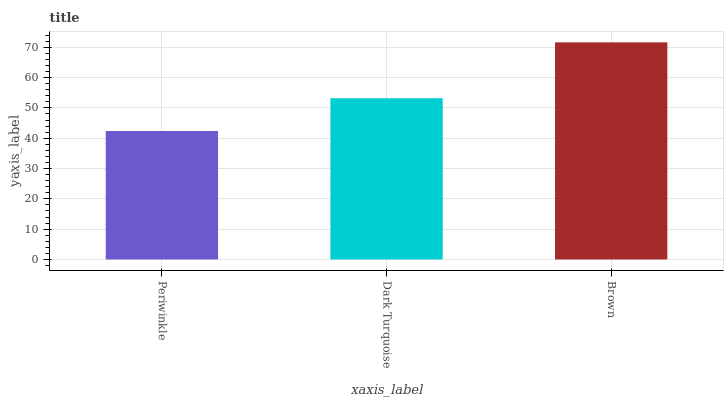
| xaxis_label | bars |
 | --- | --- |
 | Periwinkle | 42.4 |
 | Dark Turquoise | 53.2 |
 | Brown | 71.6 |